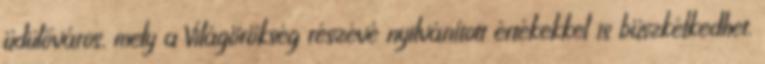
üdülőváros, mely a Világörökség részévé nyilvánított értékekkel is büszkélkedhet.